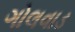
ગોલવાડ